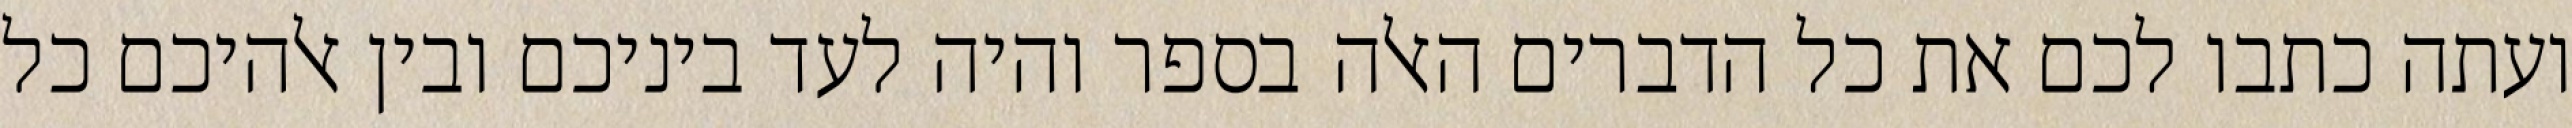
ועתה כתבו לכם את כל הדברים האלה בספר והיה לעד ביניכם ובין אלהיכם כל